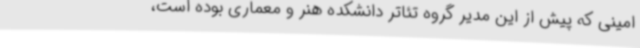
امینی که پیش از این مدیر گروه تئاتر دانشکده هنر و معماری بوده است،